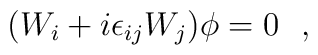
(W_i+i \epsilon_{ij}W_j)\phi=0~~,